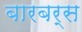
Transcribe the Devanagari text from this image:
बारबर्स